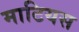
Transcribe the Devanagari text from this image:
माटियस